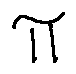
\pi